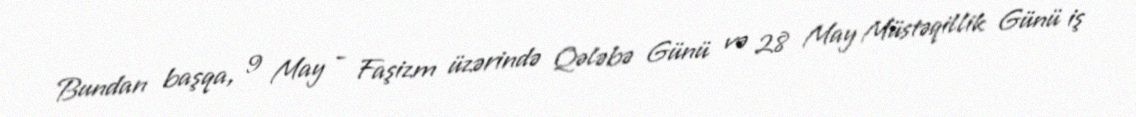
Bundan başqa, 9 May - Faşizm üzərində Qələbə Günü və 28 May Müstəqillik Günü iş